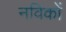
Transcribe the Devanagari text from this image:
नविकों